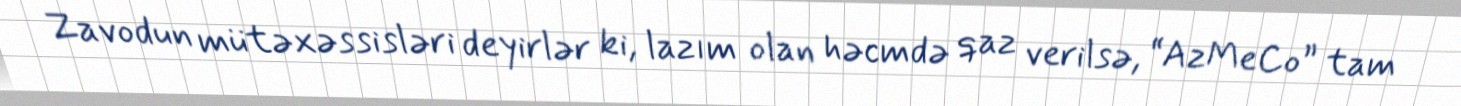
Zavodun mütəxəssisləri deyirlər ki, lazım olan həcmdə qaz verilsə, “AzMeCo” tam